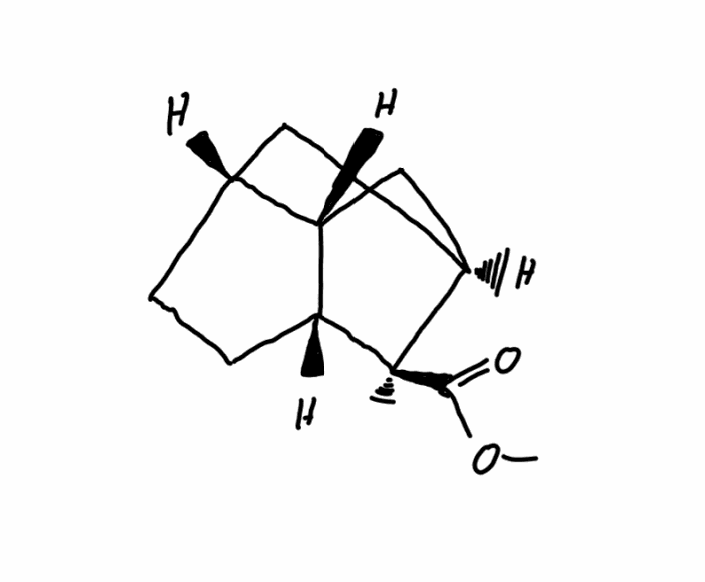
Simplified molecular-input line-entry system (SMILES) notation of the given molecule:
C[C@@]1([C@@H]2CC[C@H]3[C@@H]2C[C@@H]1C3)C(=O)OC